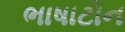
ભાષાટોન